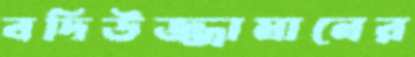
বদিউজ্জামানের